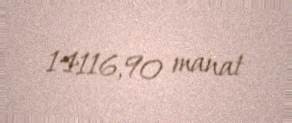
14116,90 manat